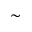
\sim